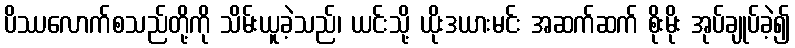
ပိဿလောက်စသည်တို့ကို သိမ်းယူခဲ့သည်၊ ယင်းသို့ ယိုးဒယားမင်း အဆက်ဆက် စိုးမိုး အုပ်ချုပ်ခဲ့၍